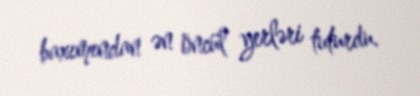
baxımından ən öncül yerləri tuturdu.